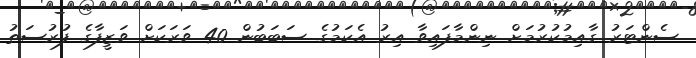
ސެންޓަރު ގާއިމުކުރުމަށް ނިންމާފައިވާ އިރު އެކަމުގެ ސަބަބުން 40 ވަރަކަށް ވަޒީފާގެ ފުރުސަތު